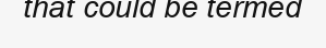
that could be termed